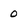
Character: 0